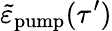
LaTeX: \tilde{\varepsilon}_{\mathrm{pump}}(\tau^{\prime})